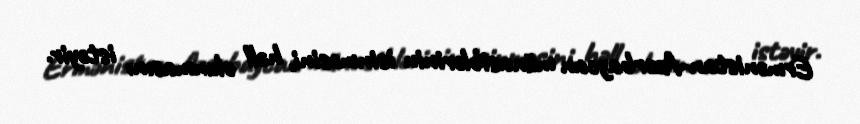
Ermənistan-Azərbaycan münasiblərinin isinməsini, həll olunmasını istəyir.